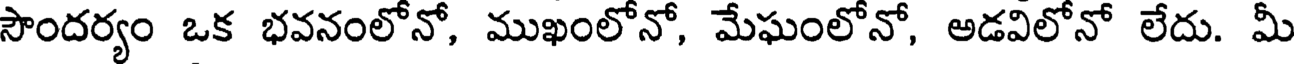
సౌందర్యం ఒక భవనంలోనో, ముఖంలోనో, మేఘంలోనో, అడవిలోనో లేదు. మీ